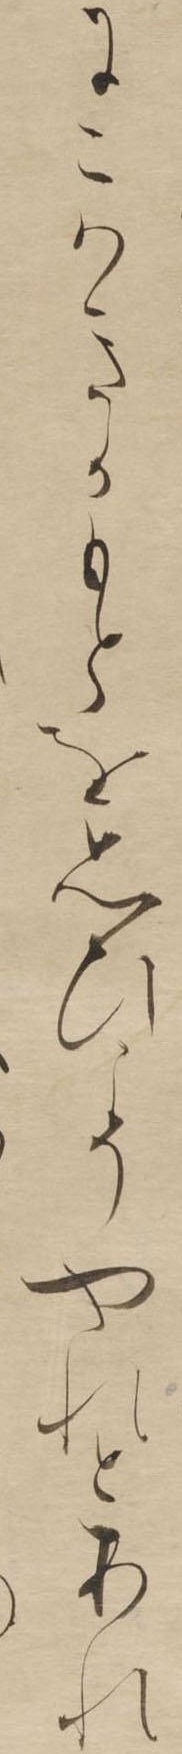
にこはきかもとを思ひこそやれとあれ